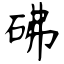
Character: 砩